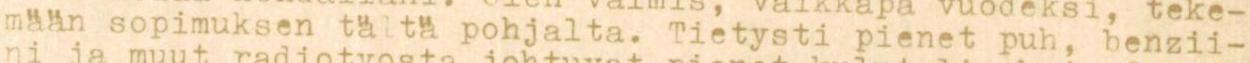
maan sopimuksen tältä pohjalta. Tietysti pienet puh, benzii-